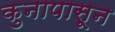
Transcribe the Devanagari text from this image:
कुनापासून